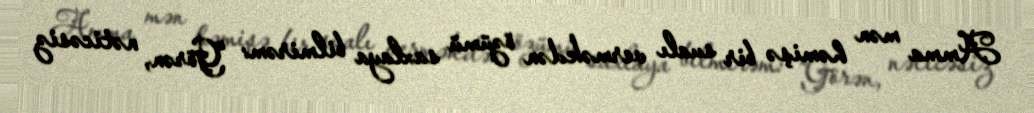
Amma mən həmişə bir sualı verməkdən özümü saxlaya bilmirəm: “Görən, nəticəsiz